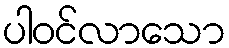
ပါဝင်လာသော